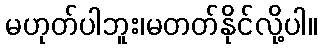
မဟုတ်ပါဘူး၊မတတ်နိုင်လို့ပါ။